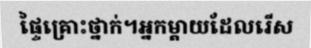
ផ្ទៃគ្រោះថ្នាក់។អ្នកម្តាយដែលរើស